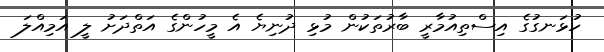
ހުޅަނގުގެ އިސްތިއުމާރީ ބާރުތަކުން މުޅި ދުނިޔެ އެ މީހުންގެ އަތްދަށު ލީ އަމިއްލަ